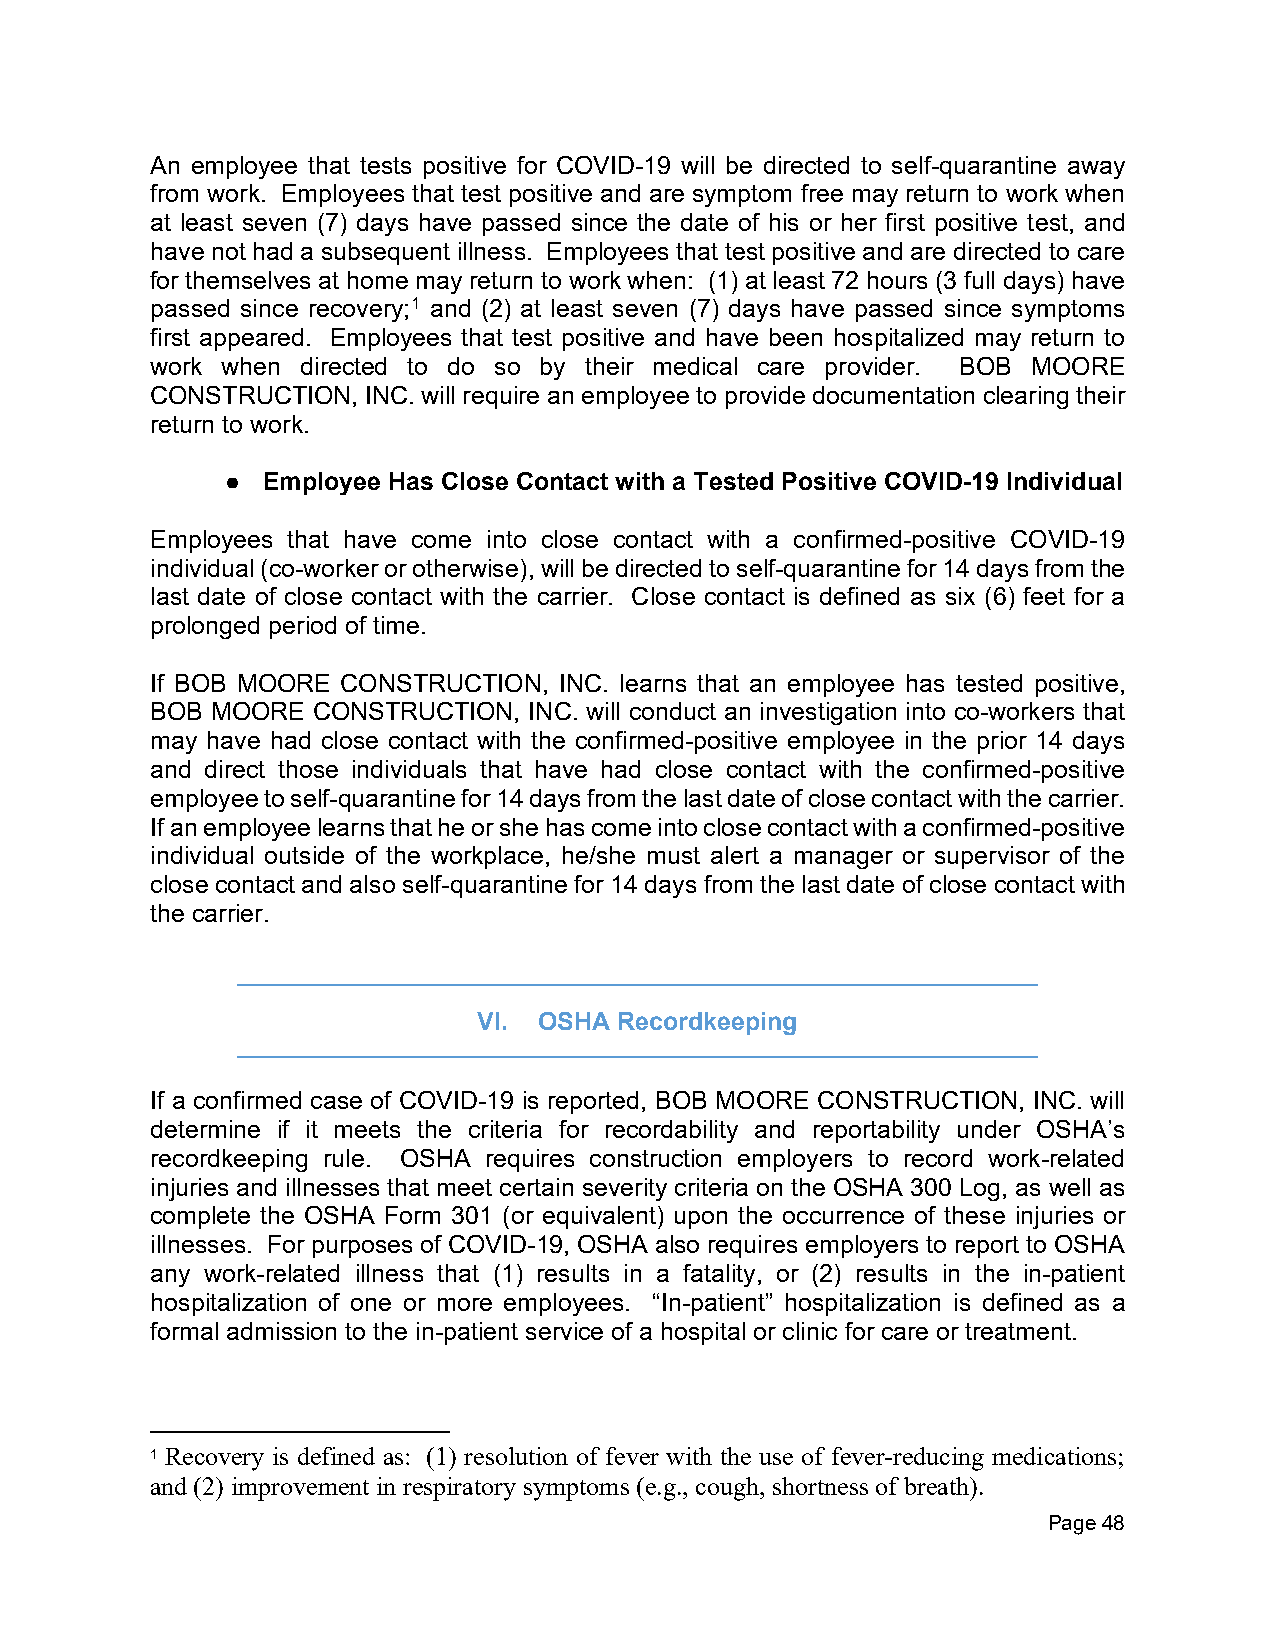
An employee that tests positive for COVID-19 will be directed to self-quarantine away
 from work. Employees that test positive and are symptom free may return to work when
 at least seven (7) days have passed since the date of his or her first positive test, and
 have not had a subsequent illness. Employees that test positive and are directed to care
 for themselves at home may return to work when: (1) at least 72 hours (3 full days) have
 passed since recovery;1 and (2) at least seven (7) days have passed since symptoms
 first appeared. Employees that test positive and have been hospitalized may return to
 work when directed to do so by their medical care provider. BOB MOORE
 CONSTRUCTION, INC. will require an employee to provide documentation clearing their
 return to work.
 ● Employee Has Close Contact with a Tested Positive COVID-19 Individual
 Employees that have come into close contact with a confirmed-positive COVID-19
 individual (co-worker or otherwise), will be directed to self-quarantine for 14 days from the
 last date of close contact with the carrier. Close contact is defined as six (6) feet for a
 prolonged period of time.
 If BOB MOORE CONSTRUCTION, INC. learns that an employee has tested positive,
 BOB MOORE  CONSTRUCTION, INC. will conduct an investigation into co-workers that
 may have had close contact with the confirmed-positive employee in the prior 14 days
 and direct those individuals that have had close contact with the confirmed-positive
 employee to self-quarantine for 14 days from the last date of close contact with the carrier.
 If an employee learns that he or she has come into close contact with a confirmed-positive
 individual outside of the workplace, he/she must alert a manager or supervisor of the
 close contact and also self-quarantine for 14 days from the last date of close contact with
 the carrier.
 VI. OSHA Recordkeeping
 If a confirmed case of COVID-19 is reported, BOB MOORE CONSTRUCTION, INC. will
 determine if it meets the criteria for recordability and reportability under OSHA’s
 recordkeeping rule. OSHA requires construction employers to record work-related
 injuries and illnesses that meet certain severity criteria on the OSHA 300 Log, as well as
 complete the OSHA Form 301 (or equivalent) upon the occurrence of these injuries or
 illnesses. For purposes of COVID-19, OSHA also requires employers to report to OSHA
 any work-related illness that (1) results in a fatality, or (2) results in the in-patient
 hospitalization of one or more employees. “In-patient” hospitalization is defined as a
 formal admission to the in-patient service of a hospital or clinic for care or treatment.
 1 Recovery is defined as: (1) resolution of fever with the use of fever-reducing medications;
 and (2) improvement in respiratory symptoms (e.g., cough, shortness of breath).
 Page 48